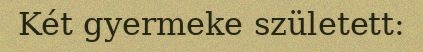
Két gyermeke született: